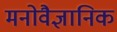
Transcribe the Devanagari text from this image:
मनाेवैज्ञानिक